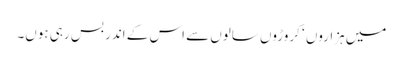
میں ہزاروں ‘ کروڑوں سالوں سے اس کے اندر بس رہی ہوں۔